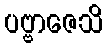
ပဗ္ဗာဇေသိ